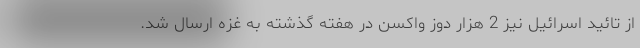
از تائید اسرائیل نیز 2 هزار دوز واکسن در هفته گذشته به غزه ارسال شد.